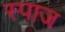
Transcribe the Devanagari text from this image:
स्पाज